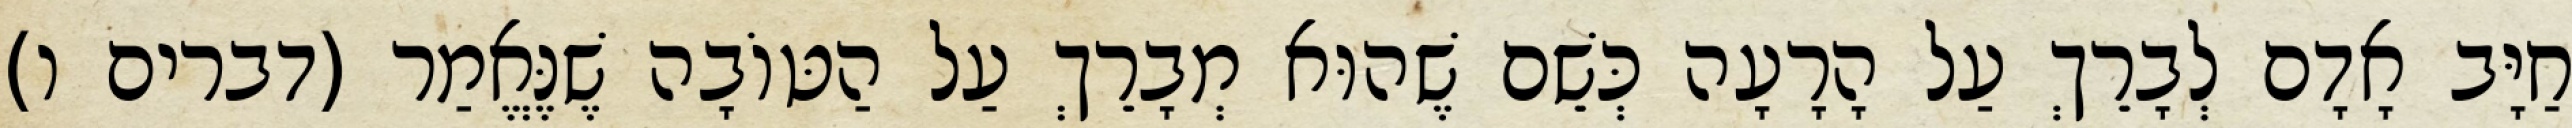
חַיָּב אָדָם לְבָרֵךְ עַל הָרָעָה כְּשֵׁם שֶׁהוּא מְבָרֵךְ עַל הַטּוֹבָה שֶׁנֶּאֱמַר (דברים ו)